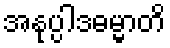
အနုပ္ပါဒဓမ္မာတိ